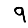
Digit: 9